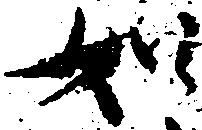
如